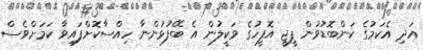
އަދި އެކަމުގެ ކަންބޮޑުވުން ޕީޖީ އޮފީހުގެ ވަކީލުން އެ ބޭފުޅުންނާ ހިއްސާކޮށްފައިވާ ކަމަށްވެސް